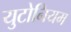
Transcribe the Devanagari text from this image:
युटोनियम